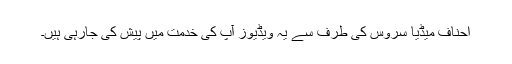
احناف میڈیا سروس کی طرف سے یہ ویڈیوز آپ کی خدمت میں پیش کی جارہی ہیں۔